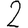
Digit: 2